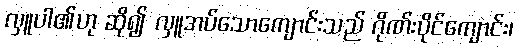
လှူပါ၏ဟု ဆို၍ လှူအပ်သောကျောင်းသည် ဂိုဏ်းပိုင်ကျောင်း၊